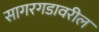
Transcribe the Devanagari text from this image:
सागरगडावरील